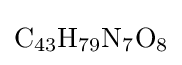
{\ce {C43H79N7O8}}